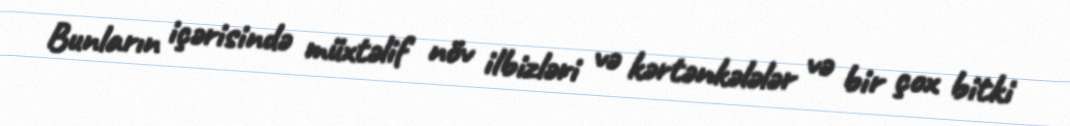
Bunların içərisində müxtəlif növ ilbizləri və kərtənkələlər və bir çox bitki